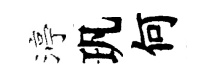
渟㺬何